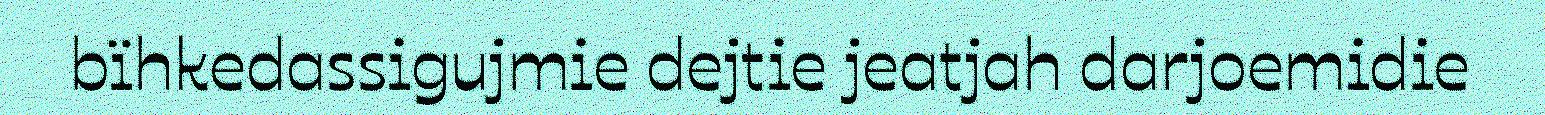
bïhkedassigujmie dejtie jeatjah darjoemidie